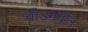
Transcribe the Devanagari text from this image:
बीडमधील